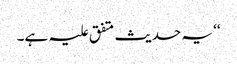
‘‘ یہ حدیث متفق علیہ ہے۔